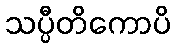
သပ္ပီတိကောပိ